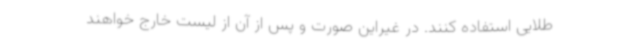
طلایی استفاده کنند. در غیراین صورت و پس از آن از لیست خارج خواهند